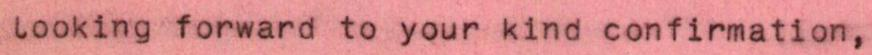
Looking forward to your kind confirmation,